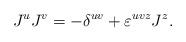
LaTeX: \begin{align*}J^u J^v= - \delta^{uv}+\varepsilon^{uvz}J^z.\end{align*}